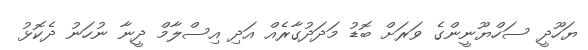
ޔަހޫދީ ސަހްޔޫނީންގެ ވަރަށް ބޮޑު މަދަދުގާރެއް އަދި އިސްލާމް ދީނާ ނުހަނު ދެކޮޅު